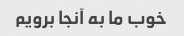
خوب ما به آنجا برویم